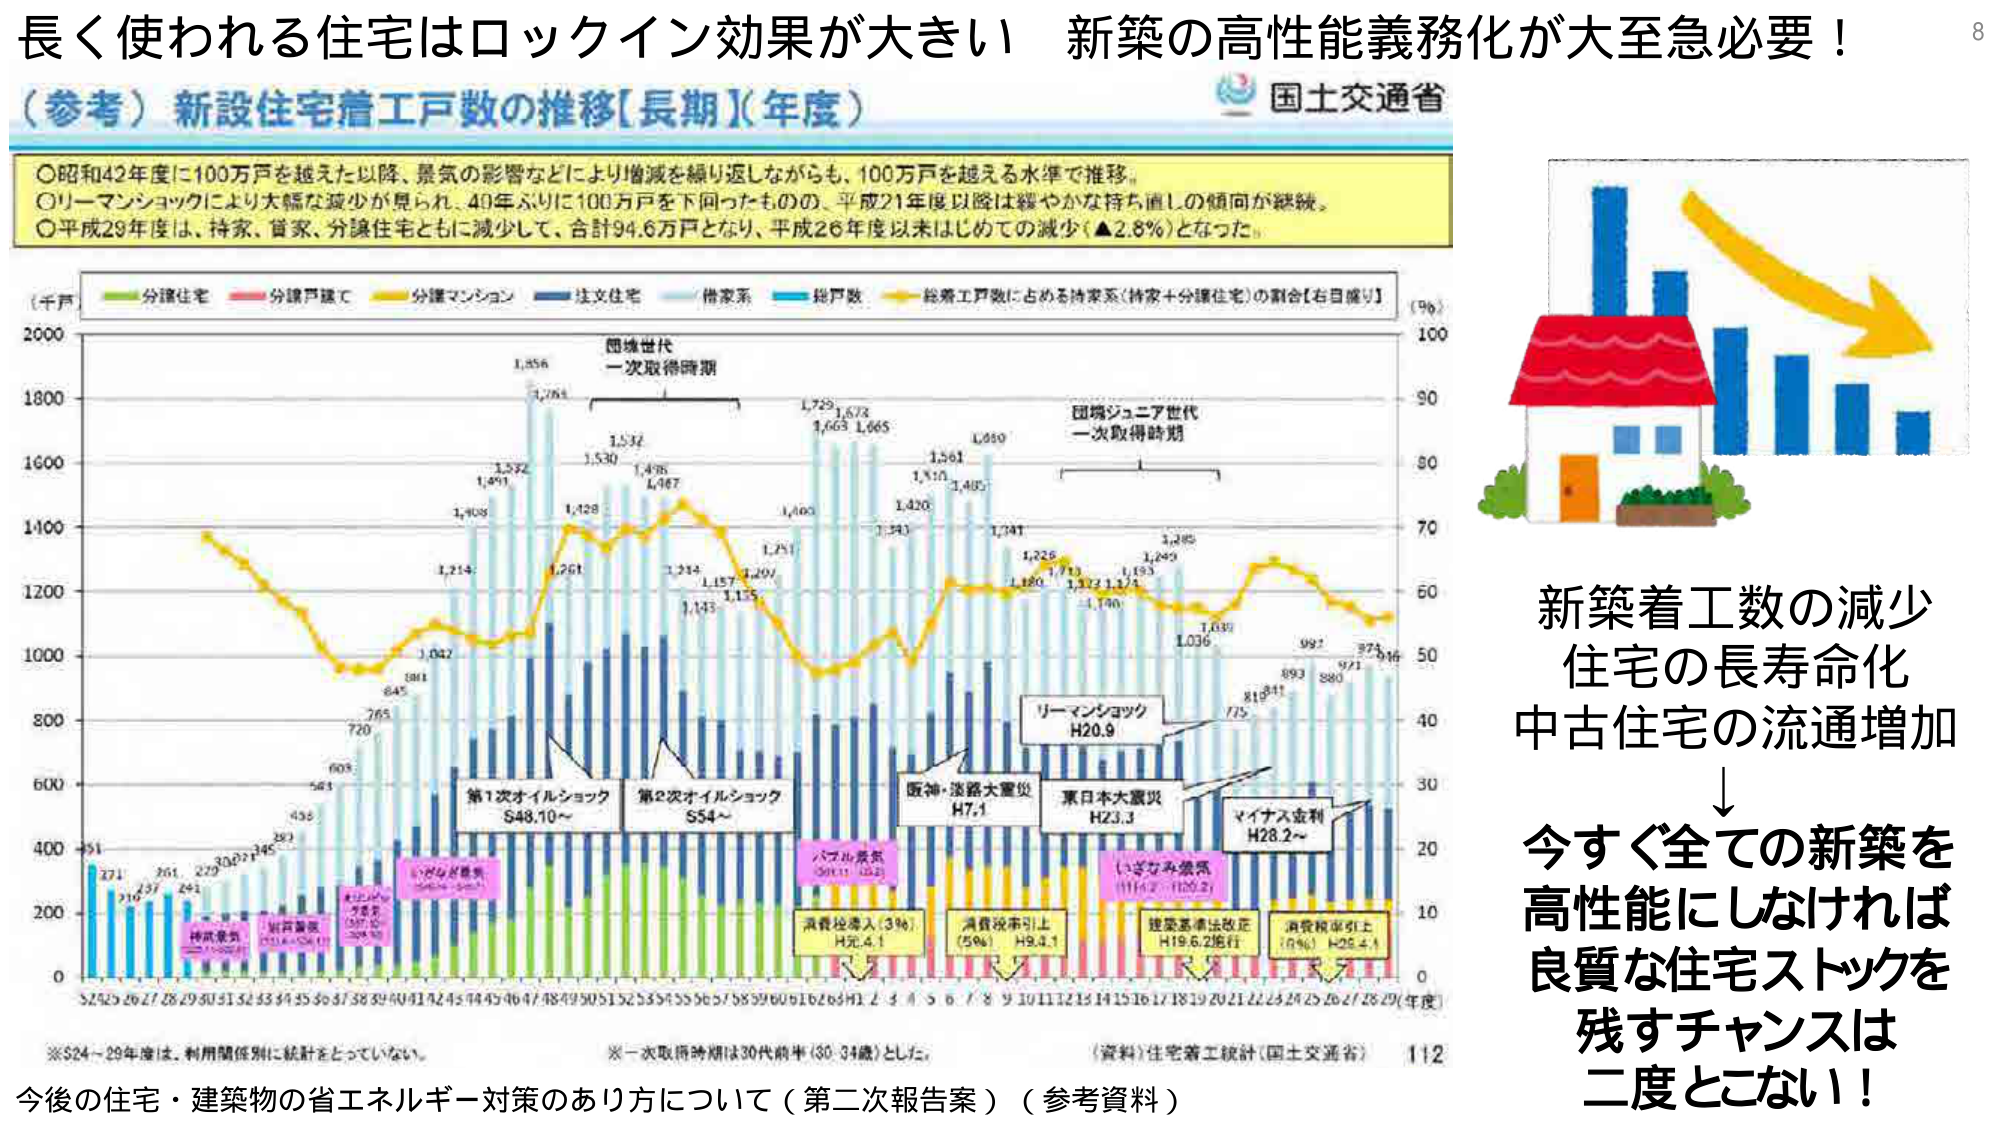
長く使われる住宅はロックイン効果が大きい 新築の高性能義務化が大至急必要！

（参考）新設住宅着工戸数の推移【長期】【年度】

○昭和42年度に100万戸を越えた以降、景気の影響などにより増減を繰り返しながらも、100万戸を越える水準で推移。
○リーマンショックにより大幅な減少が見られ、40年ぶりに100万戸を下回ったものの、平成21年度以降は緩やかな持ち直しの傾向が継続。
○平成29年度は、持家、貸家、分譲住宅ともに減少して、合計94.6万戸となり、平成26年度以来はじめての減少（▲2.8％）となった。

（千戸）
分譲住宅
分譲戸建て
分譲マンション
注文住宅
借家系
総戸数
総着工戸数に占める持家系（持家＋分譲住宅）の割合【右目盛り】
（％）

団塊世代
一次取得時期

団塊ジュニア世代
一次取得時期

リーマンショック
H20.9

第1次オイルショック
S48.10～

第2次オイルショック
S54～

阪神・淡路大震災
H7.1

東日本大震災
H23.3

マイナス金利
H28.2～

バブル景気
（S61.11～S62）

いざなみ景気
（H14.2～H20.2）

消費税導入（3％）
H元.4.1

消費税率引上げ（5％）
H9.4.1

建築基準法改正
H19.6.2施行

消費税率引上げ（8％）
H25.4.1

※S24～29年度は、利用関係別に統計をとっていない。
※一次取得時期は30代前半（30～34歳）とした。
（資料）住宅着工統計（国土交通省） 112

今後の住宅・建築物の省エネルギー対策のあり方について（第二次報告案）（参考資料）

新築着工数の減少
住宅の長寿命化
中古住宅の流通増加
↓
今すぐ全ての新築を
高性能にしなければ
良質な住宅ストックを
残すチャンスは
二度とこない！

国土交通省

8